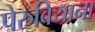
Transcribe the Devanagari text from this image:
पेरुवियाना